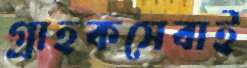
গ্রাহকসেবাই